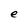
Character: e